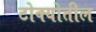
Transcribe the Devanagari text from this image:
टोक्योतील